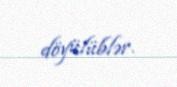
döyülüblər.